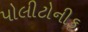
પોલીટોનીક